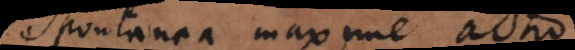
pontanea maxime actio